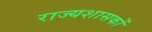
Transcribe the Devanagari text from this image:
राज्यशासकों